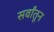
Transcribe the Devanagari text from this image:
सर्वांतून